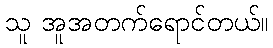
သူ အူအတက်ရောင်တယ်။